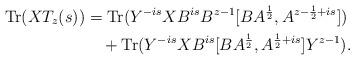
LaTeX: \begin{align*} \mathrm{Tr}(XT_z(s)) &= \mathrm{Tr}(Y^{-is}XB^{is}B^{z-1}[BA^{\frac12},A^{z-\frac12+is}])\\ &\quad+ \mathrm{Tr}(Y^{-is}XB^{is}[BA^{\frac12},A^{\frac12+is}]Y^{z-1}). \end{align*}